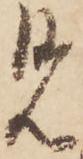
見